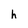
Character: h